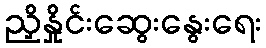
ညှိနှိုင်းဆွေးနွေးရေး